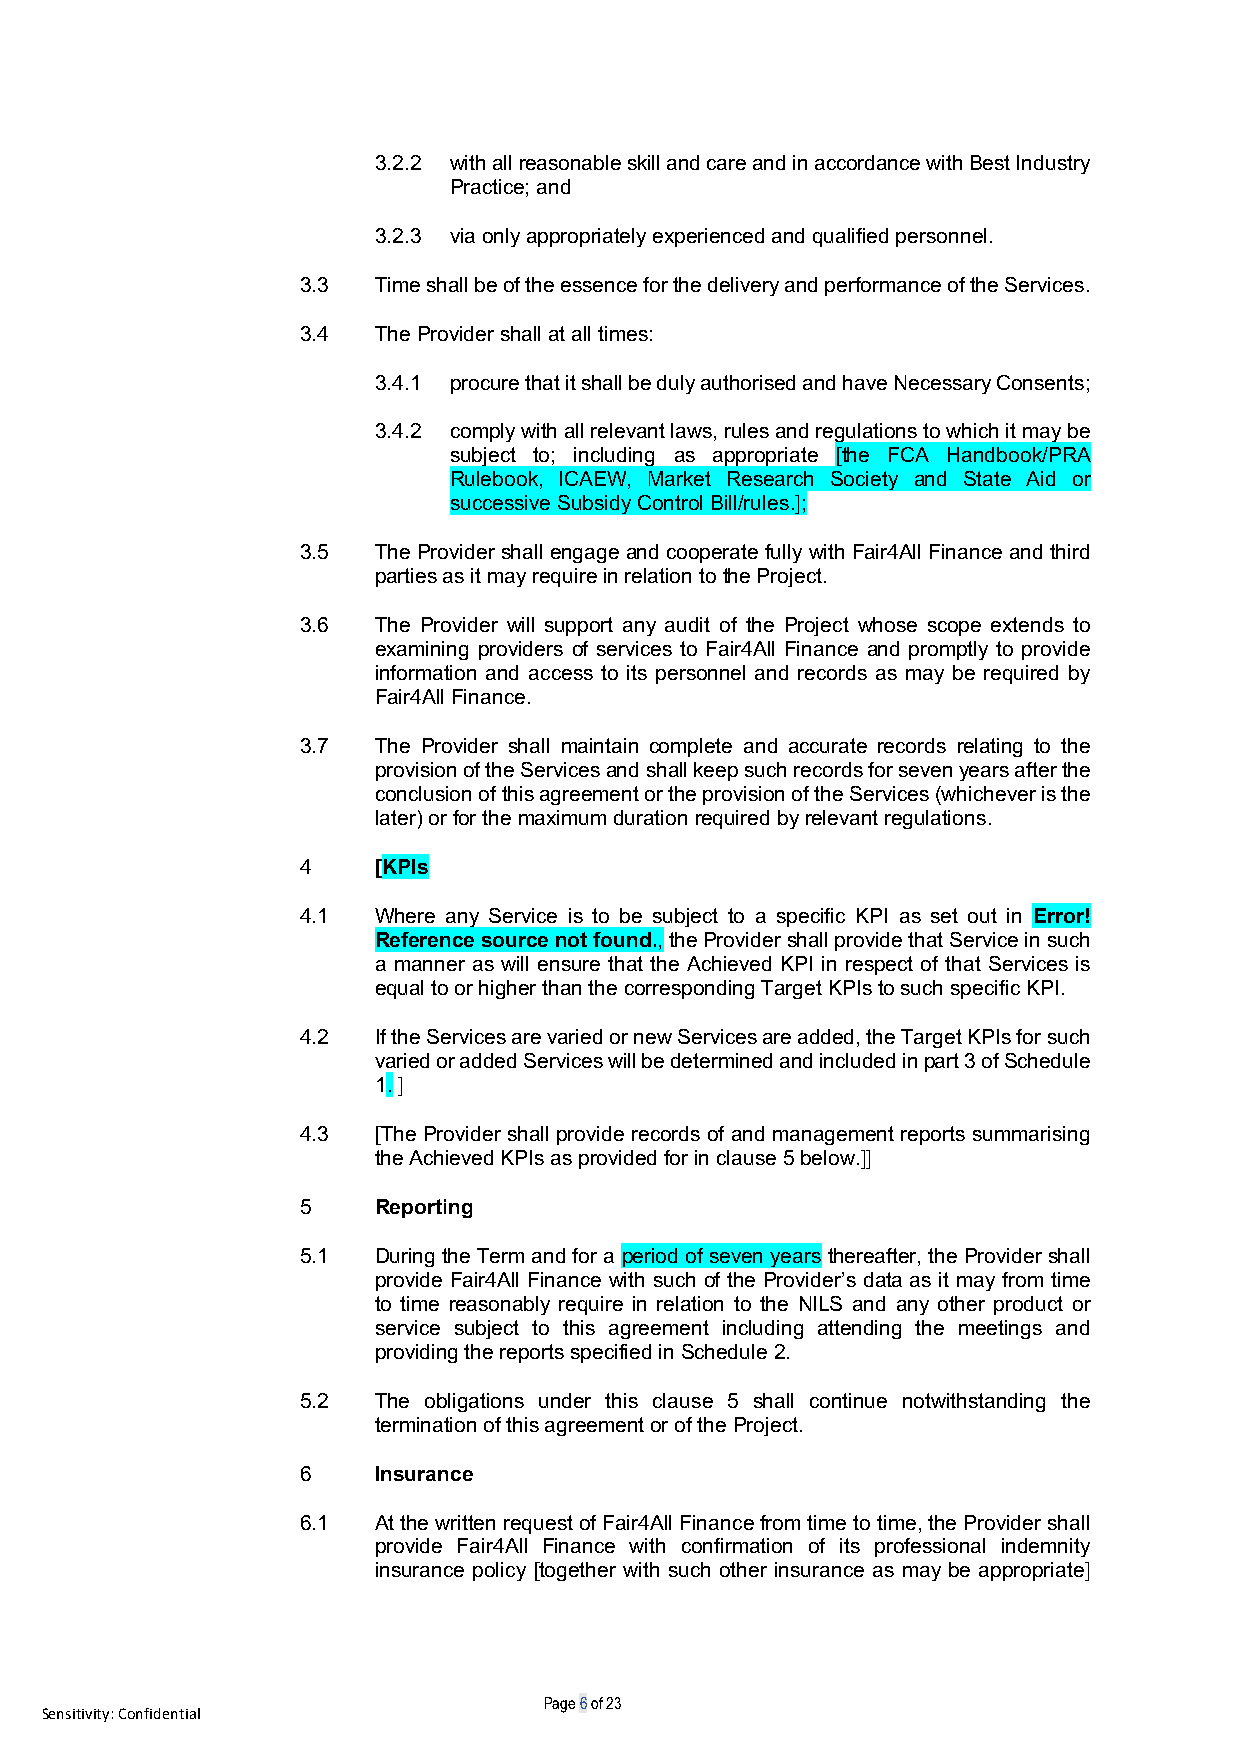
3.2.2 with all reasonable skill and care and in accordance with Best Industry
 Practice; and
 3.2.3 via only appropriately experienced and qualified personnel.
 3.3  Time shall be of the essence for the delivery and performance of the Services.
 3.4  The Provider shall at all times:
 3.4.1 procure that it shall be duly authorised and have Necessary Consents;
 3.4.2 comply with all relevant laws, rules and regulations to which it may be
 subject to; including as appropriate [the FCA Handbook/PRA
 Rulebook, ICAEW, Market Research Society and State Aid or
 successive Subsidy Control Bill/rules.];
 3.5  The Provider shall engage and cooperate fully with Fair4All Finance and third
 parties as it may require in relation to the Project.
 3.6  The Provider will support any audit of the Project whose scope extends to
 examining providers of services to Fair4All Finance and promptly to provide
 information and access to its personnel and records as may be required by
 Fair4All Finance.
 3.7  The Provider shall maintain complete and accurate records relating to the
 provision of the Services and shall keep such records for seven years after the
 conclusion of this agreement or the provision of the Services (whichever is the
 later) or for the maximum duration required by relevant regulations.
 4    [KPIs
 4.1  Where any Service is to be subject to a specific KPI as set out in Error!
 Reference source not found., the Provider shall provide that Service in such
 a manner as will ensure that the Achieved KPI in respect of that Services is
 equal to or higher than the corresponding Target KPIs to such specific KPI.
 4.2  If the Services are varied or new Services are added, the Target KPIs for such
 varied or added Services will be determined and included in part 3 of Schedule
 1. ]
 4.3  [The Provider shall provide records of and management reports summarising
 the Achieved KPIs as provided for in clause 5 below.]]
 5    Reporting
 5.1  During the Term and for a period of seven years thereafter, the Provider shall
 provide Fair4All Finance with such of the Provider’s data as it may from time
 to time reasonably require in relation to the NILS and any other product or
 service subject to this agreement including attending the meetings and
 providing the reports specified in Schedule 2.
 5.2  The obligations under this clause 5 shall continue notwithstanding the
 termination of this agreement or of the Project.
 6    Insurance
 6.1  At the written request of Fair4All Finance from time to time, the Provider shall
 provide Fair4All Finance with confirmation of its professional indemnity
 insurance policy [together with such other insurance as may be appropriate]
 Page 6 of 23
 Sensitivity: Confidential